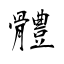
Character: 體